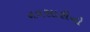
નવસારીનો